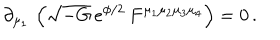
LaTeX: \partial _ { \mu _ { 1 } } \, \left( \sqrt { - G } \, e ^ { \phi / 2 } \, F ^ { \mu _ { 1 } \mu _ { 2 } \mu _ { 3 } \mu _ { 4 } } \right) = 0 \, .